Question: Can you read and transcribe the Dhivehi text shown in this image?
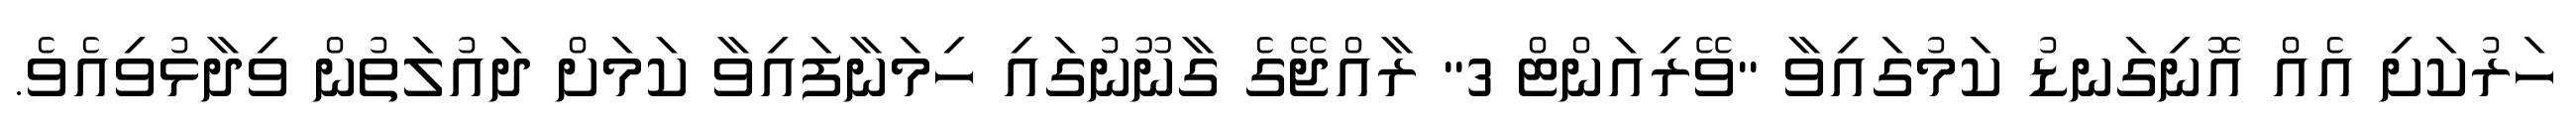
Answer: ހަރުކަށި އެއް އޮނިގަނޑު ކަމުގައިވާ "ވޭރިއަންޓް 3" ރާއްޖޭގެ ގާނޫނުގައި ހިމަނާފައިވާ ކަމަށް ދައުލަތުން ވިދާޅުވިއެވެ.